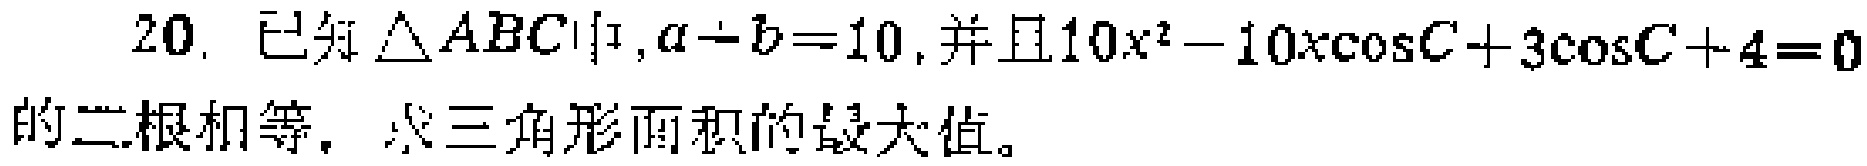
20. 已知$\triangle ABC$中，$a - b = 10$，并且$10x^{2}-10x\cos C + 3\cos C + 4 = 0$的二根相等，求三角形面积的最大值。